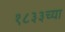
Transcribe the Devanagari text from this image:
१८३३च्या